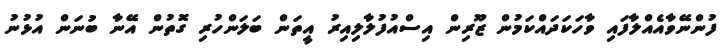
ފުންނޭވާއެއްލާފައި ވާހަކަދައްކަމުން ޒޫރިން އިސްއުފުލާލިއިރު އީތަން ބަލަންހުރި ގޮތުން އޭނާ ބުނަން އުޅުނު